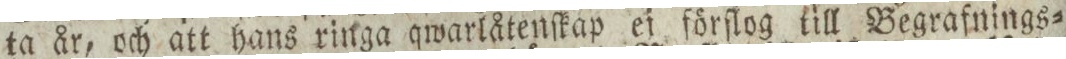
ta år, och att hans ringa qwarlåtenſkap ej förſlog till Begrafnings=